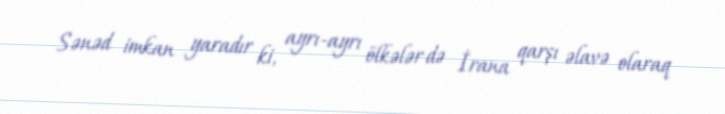
Sənəd imkan yaradır ki, ayrı-ayrı ölkələr də İrana qarşı əlavə olaraq